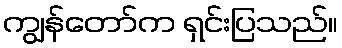
ကျွန်တော်က ရှင်းပြသည်။